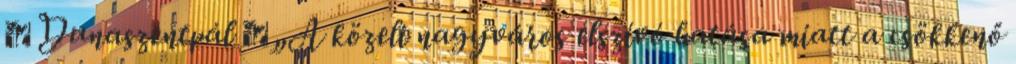
▪Dunaszentpál ▪„A közeli nagyváros elszívó hatása miatt a csökkenő